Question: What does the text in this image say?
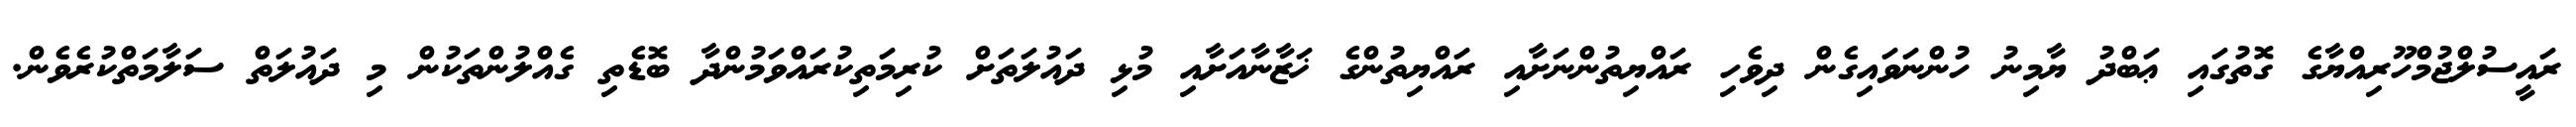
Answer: ރައީސުލްޖުމްހޫރިއްޔާގެ ގޮތުގައި ޢަބްދު ޔާމިނު ހުންނަވައިގެން ދިވެހި ރައްޔިތުންނަށާއި ރައްޔިތުންގެ ޚަޒާނާއަށާއި މުޅި ދައުލަތަށް ކުރިމަތިކުރައްވަމުންދާ ބޮޑެތި ގެއްލުންތަކުން މި ދައުލަތް ސަލާމަތްކުރެވެން.